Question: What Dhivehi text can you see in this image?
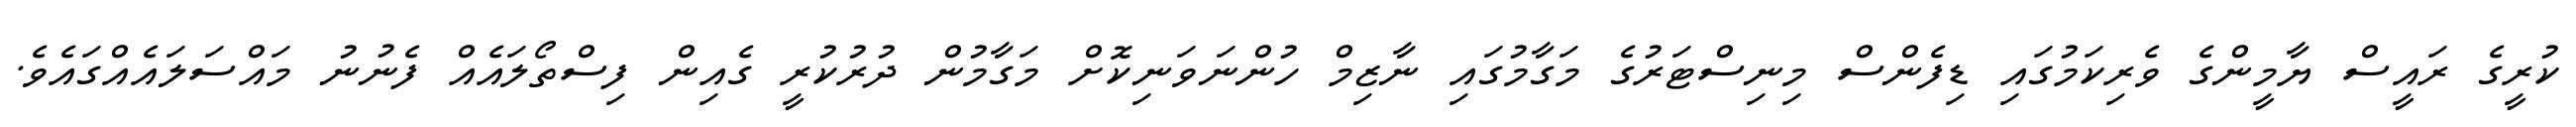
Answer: ކުރީގެ ރައީސް ޔާމީންގެ ވެރިކަމުގައި ޑިފެންސް މިނިސްޓަރުގެ މަގާމުގައި ނާޒިމް ހުންނަވަނިކޮށް މަގާމުން ދުރުކުރީ ގެއިން ފިސްތޯލައެއް ފެނުނު މައްސަލައެއްގައެވެ.